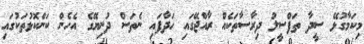
މިކަމާގުޅޭ ސީދާ ތަފްސީލު ދިރާސާތަކެއް ރާއްޖޭގައި ހަދާފައި ނެތަސް ދުނިޔޭގެ އެހެން ކަންކޮޅުތަކުގައި